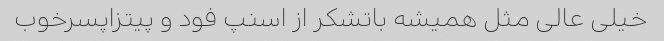
خیلی عالی مثل همیشه باتشکر از اسنپ فود و پیتزاپسرخوب